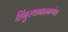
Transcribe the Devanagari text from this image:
हिंदुस्थानप्रमाणेच